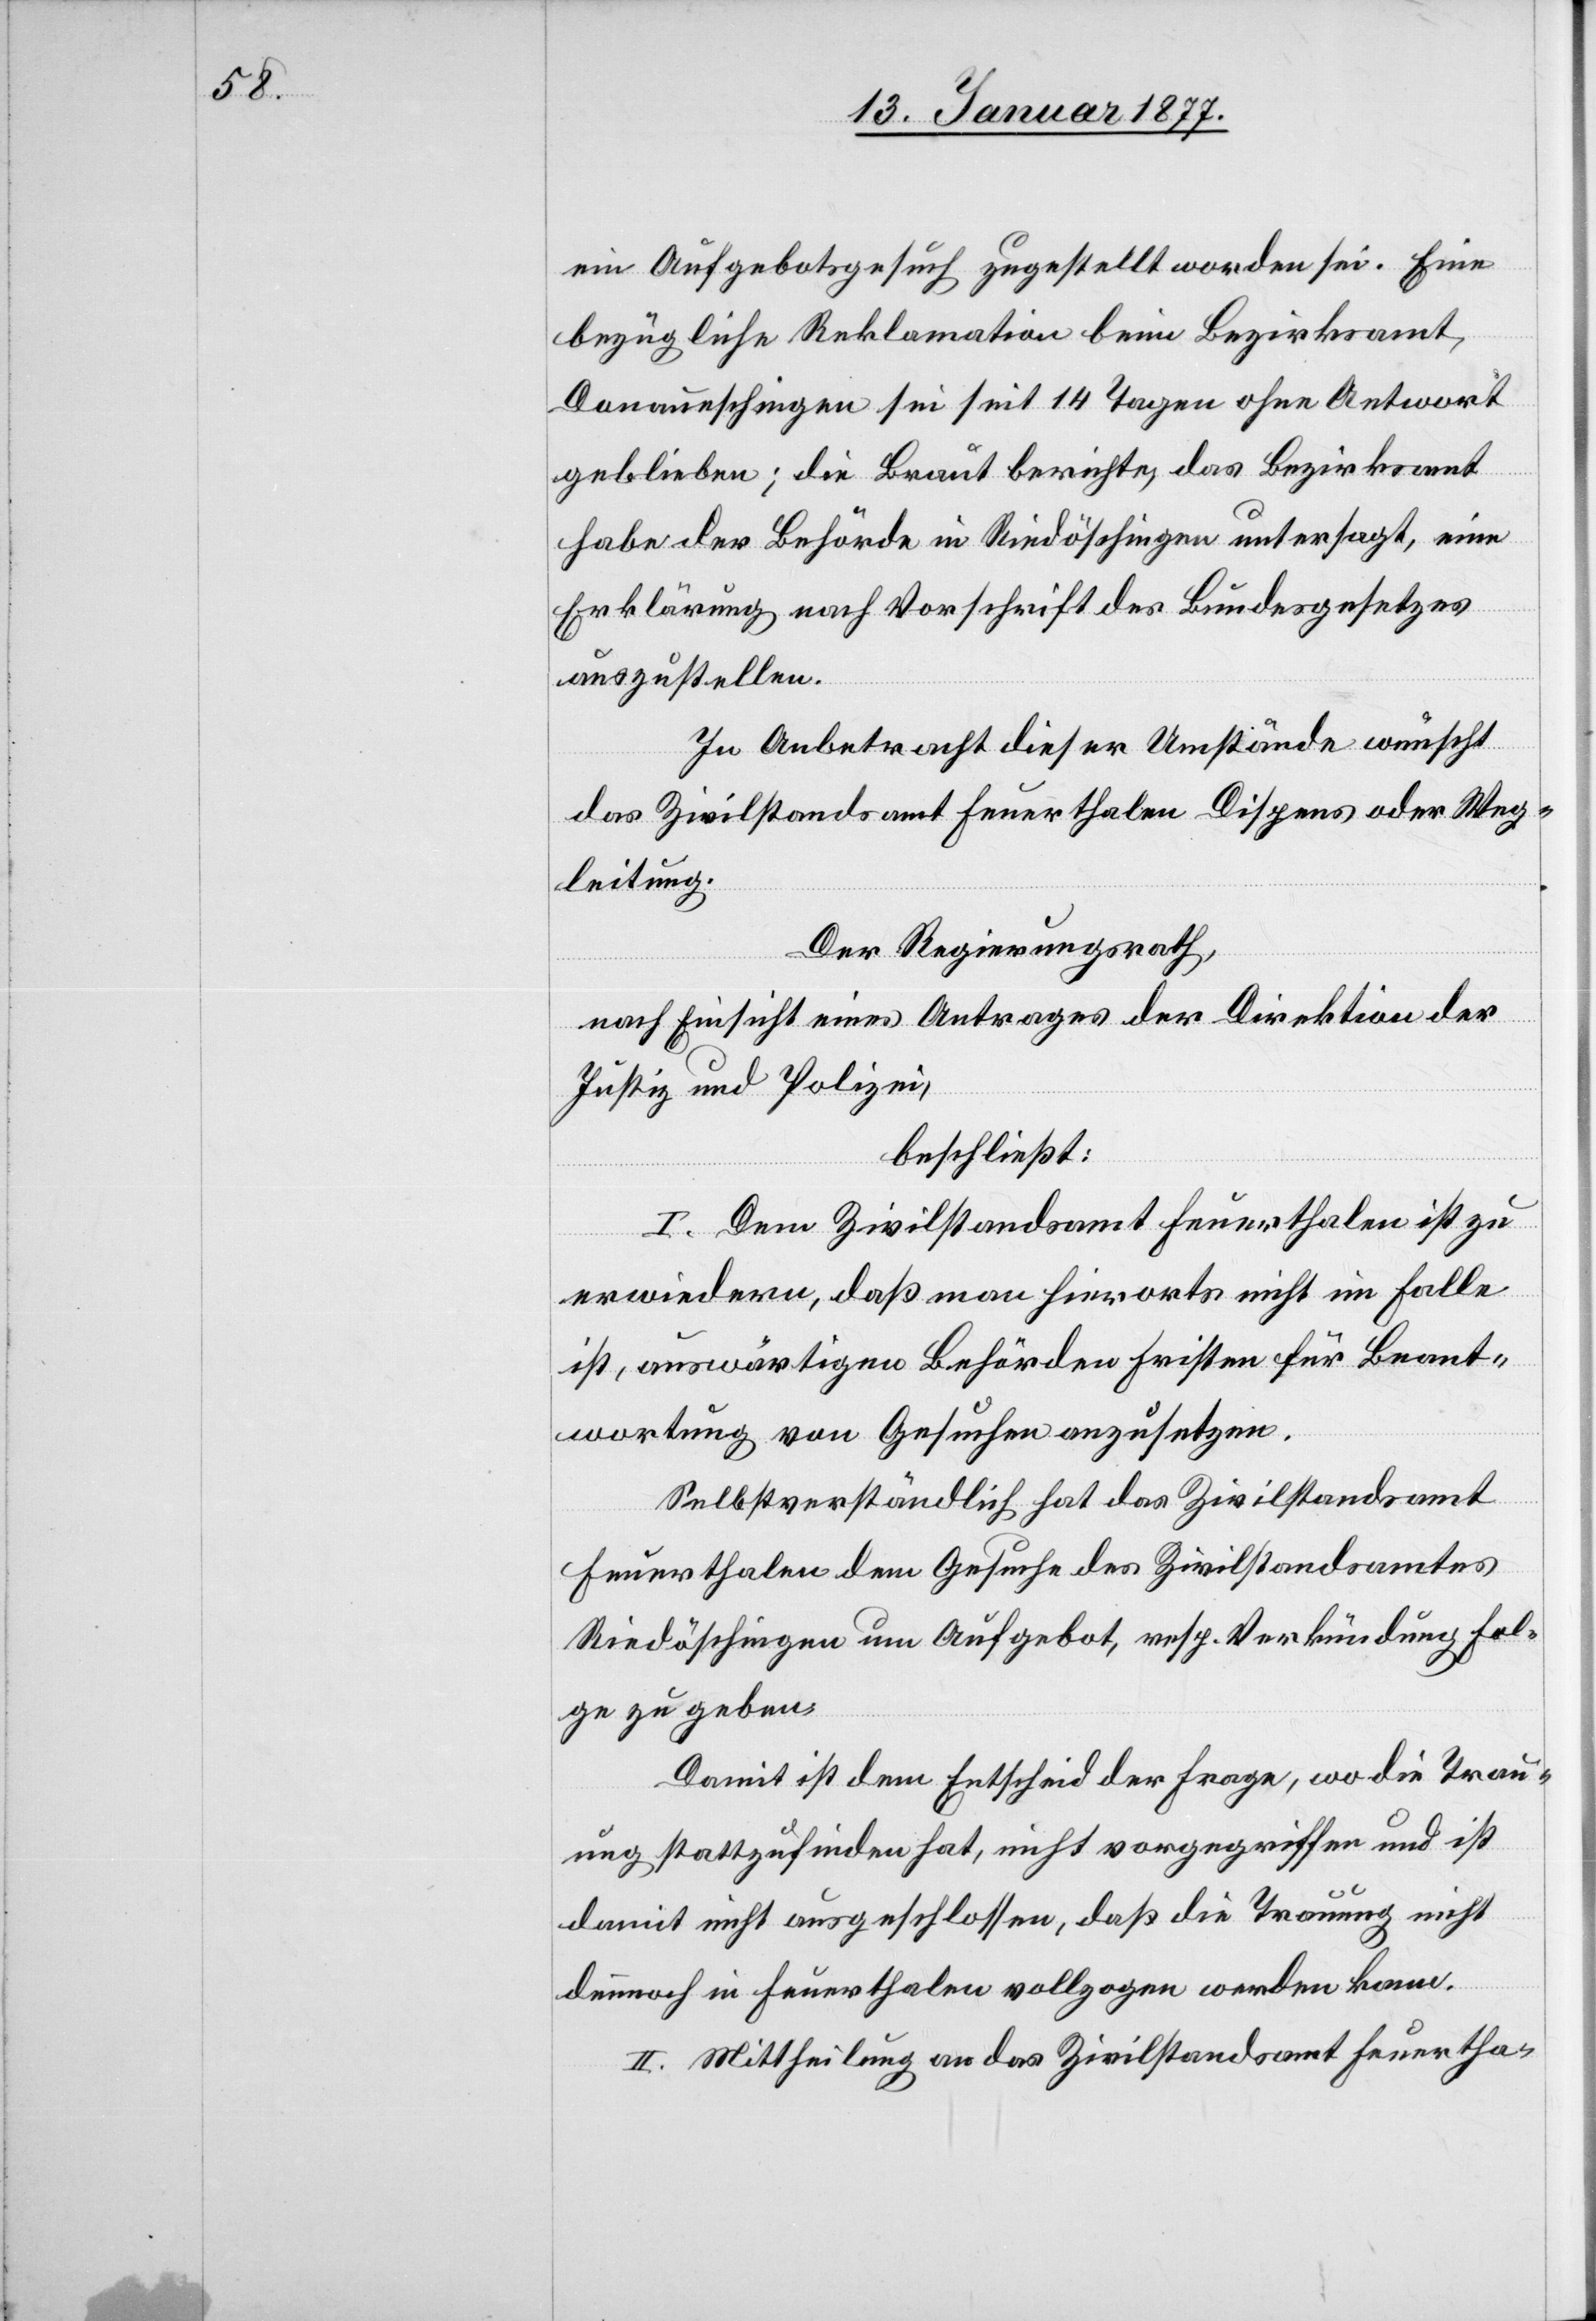
ein Aufgebotsgesuch zugestellt worden sei. Eine
bezügliche Reklamation beim Bezirksamt
Donaueschingen sei seit 14 Tagen ohne Antwort
geblieben; die Braut berichte, das Bezirksamt
habe der Behörde Riedöschingen untersagt, eine
Erklärung nach Vorschrift des Bundesgesetzes
auszustellen.
In Anbetracht dieser Umstände wünscht
das Zivilstandsamt Feuerthalen Dispens oder Weg¬
leitung.
Der Regierungsrath,
nach Einsicht eines Antrages der Direktion der
Justiz und Polizei,
beschließt:
I. Dem Zivilstandsamt Feuerthalen ist zu
erwiedern, daß man hierorts nicht im Falle
ist, auswärtigen Behörden Fristen für Beant¬
wortung von Gesuchen anzusetzen.
Selbstverständliche hat das Zivilstandsamt
Feuerthalen dem Gesuche des Zivilstandesamtes
Riedöschingen um Aufgebot, resp. Verkündung, Fol¬
ge zu geben.
Damit ist dem Entscheid der Frage, wo die Trau¬
ung stattzufinden hat, nicht vorgegriffen und ist
damit nicht ausgeschlossen, daß die Trauung nicht
dennoch in Feuerthalen vollzogen werden kann.
II. Mittheilung an das Zivilstandsamte Feuertha-